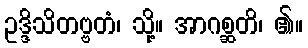
ဥဒ္ဒိသိတဗ္ဗတံ၊ သို့။ အာဂစ္ဆတိ၊ ၏။